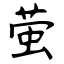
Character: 萤